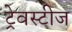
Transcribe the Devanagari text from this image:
ट्रेवस्टीज